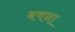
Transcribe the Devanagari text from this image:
बषना